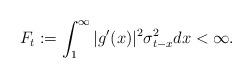
LaTeX: \begin{align*}F_t := \int_1^{\infty}|g'(x)|^2 \sigma_{t-x}^2 dx < \infty.\end{align*}